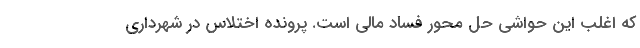
که اغلب این حواشی حل محور فساد مالی است. پرونده اختلاس در شهرداری